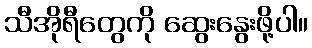
သီအိုရီတွေကို ဆွေးနွေးဖို့ပါ။